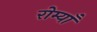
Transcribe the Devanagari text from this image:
रोम्याँ